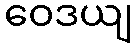
ဝေဒယျ